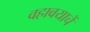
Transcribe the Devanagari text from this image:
वहावयाचें